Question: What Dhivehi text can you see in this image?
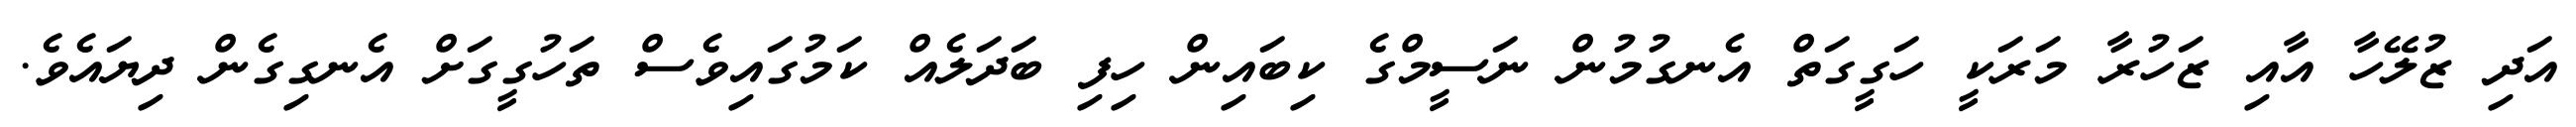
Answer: އަދި ޒުލޭހާ އާއި ޒަހުރާ މަރަކީ ހަގީގަތް އެނގުމުން ނަސީމްގެ ކިބައިން ހިފި ބަދަލެއް ކަމުގައިވެސް ތަހުގީގަށް އެނގިގެން ދިޔައެވެ.